Code of medical and sanitary regulations for the guidance of medical officers serving in the Madras Presidency - Volume I
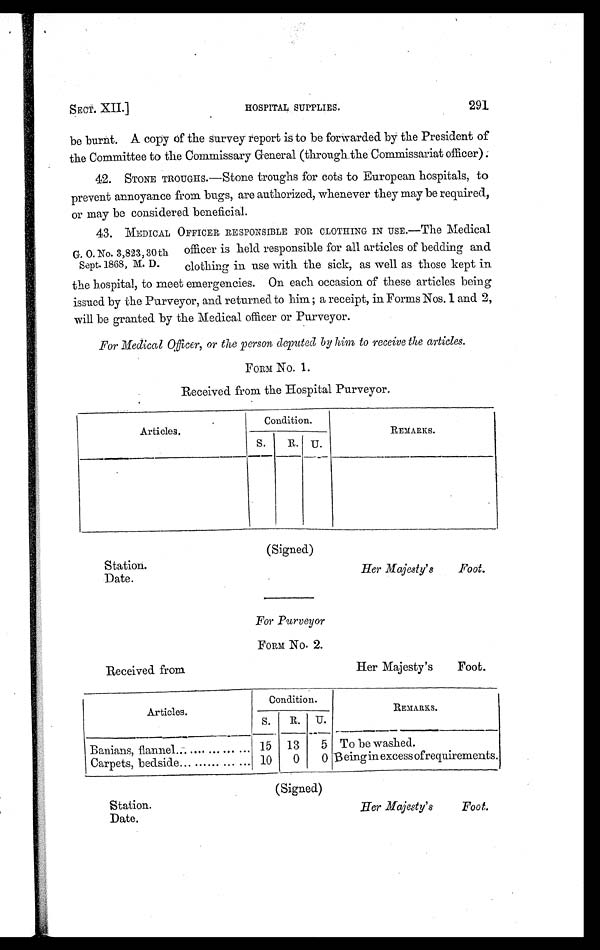
SECT. XII.]
HOSPITAL SUPPLIES.
291
be burnt. A copy of the survey report is to be forwarded by the President of
the Committee to the Commissary General (through the Commissariat officer).
42. STONE TROUGHS.—Stone troughs for cots to European hospitals, to
prevent annoyance from bugs, are authorized, whenever they may be required,
or may be considered beneficial.
G. O. No. 3,823,30th.
Sept. 1868, M. D.
43. MEDICAL OFFICER RESPONSIBLE FOR CLOTHING IN USE.—The Medical
officer is held responsible for all articles of bedding and
clothing in use with the sick, as well as those kept in
the hospital, to meet emergencies. On each occasion of these articles being
issued by the Purveyor, and returned to him; a receipt, in Forms Nos. 1 and 2,
will be granted by the Medical officer or Purveyor.
For Medical Officer, or the person deputed by him to receive the articles.
FORM No. 1.
Received from the Hospital Purveyor.
Articles.
Condition.
REMARKS.
S. R. U.
(Signed)
Station.
Date.
Her Majesty's Foot.
For Purveyor
FORM No. 2.
Her Majesty'sFoot.
Received from
Articles.
Condition.
REMARKS.
S. R. U.
Banians, flannel... .... ... ... ... 15 13
5 To be washed.
Carpets, bedside ... ...... ... ... 10
0
0 Being in excess of requirements.
(Signed)
Station.
Date.
Her Majesty's Foot.